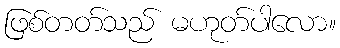
ဖြစ်တတ်သည် မဟုတ်ပါလော။